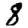
Digit: 8